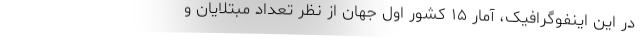
در این اینفوگرافیک، آمار ۱۵ کشور اول جهان از نظر تعداد مبتلایان و